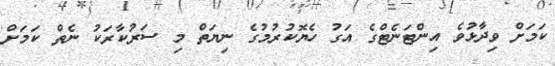
ކަމަށް ވިދާޅުވެ އިންޓަނެޓްގެ އަގު ހެޔޮކުރުމުގެ ނިޔަތް މި ސަރުކާރަކު ނެތް ކަމަށް